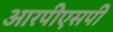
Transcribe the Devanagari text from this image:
आरपीएसपी